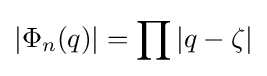
|\Phi _{n}(q)|=\prod |q-\zeta |